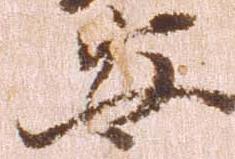
安